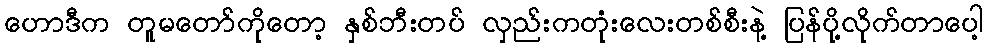
ဟောဒီက တူမတော်ကိုတော့ နှစ်ဘီးတပ် လှည်းကတုံးလေးတစ်စီးနဲ့ ပြန်ပို့လိုက်တာပေါ့